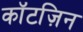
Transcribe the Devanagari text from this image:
कॉटज़िन